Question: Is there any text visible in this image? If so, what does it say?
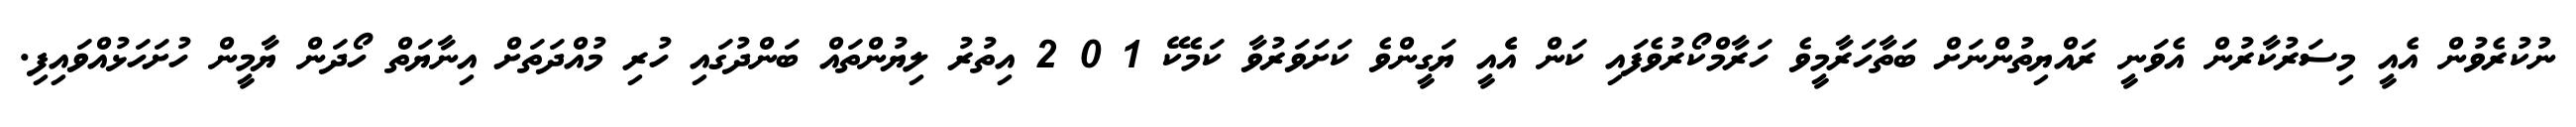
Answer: ނުކުރެވުން އެއީ މިސަރުކާރުން އެވަނީ ރައްޔިތުންނަށް ބަތާހަރާމީވެ ހަރާމްކޯރުވެފައި ކަން އެެއީ ޔަގީންވެ ކަށަވަރުވާ ކަމެކޭ 1 0 2 އިތުރު ލިޔުންތައް ބަންދުގައި ހުރި މުއްދަތަށް އިނާޔަތް ހޯދަން ޔާމީން ހުށަހަޅުއްވައިފި.